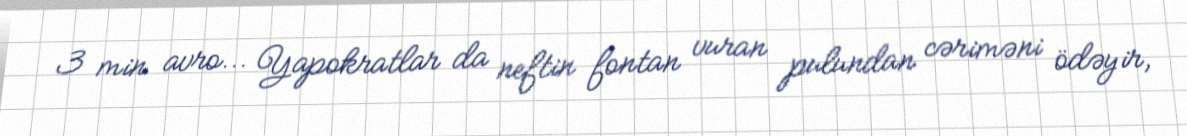
3 min avro... Yapokratlar da neftin fontan vuran pulundan cəriməni ödəyir,